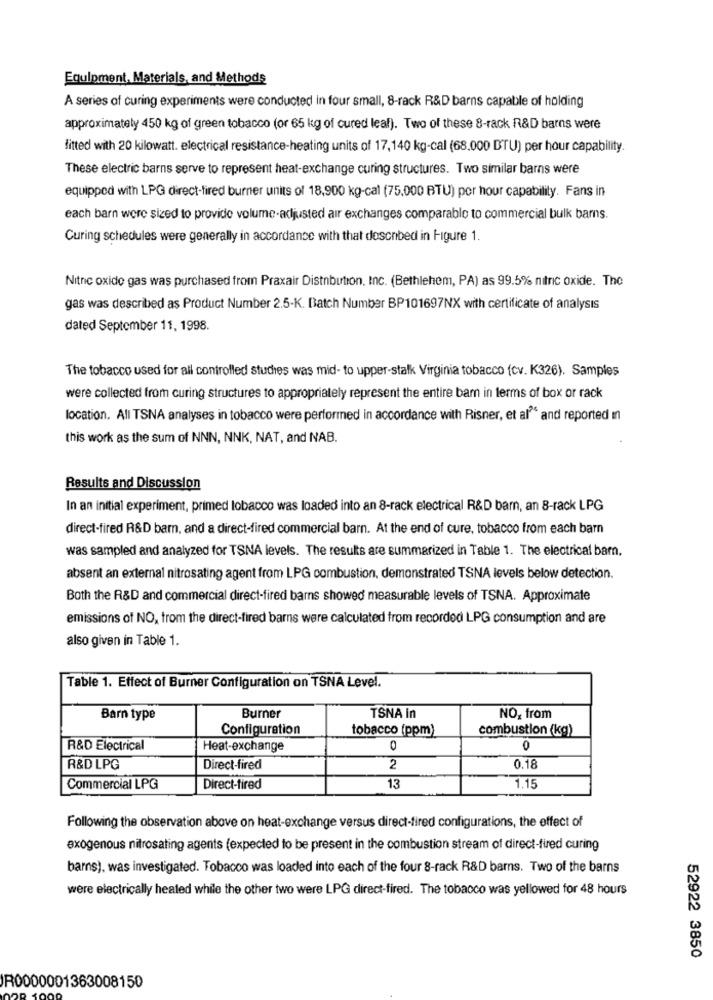
Equipment. Materials, and Methods
A series of curing experiments were conducted in four small, 8-rack R&D barns capable of holding
approximately 450 kg of green tobacco (or 65 kg of cured leaf). Two of these 8-rack R&D barns were
fitted with 20 kilowatt. electrical resistance-heating units of 17,140 kg-cal (68.000 BTU) per hour capability.
These electric barns serve to represent heat-exchange curing structures. Two similar barns were
equipped with LPG direct-fired burner units of 18,900 kg-cal (75,000 BTU) per hour capability. Fans in
each barn were sized to provide volume-adjusted air exchanges comparable to commercial bulk barns.
Curing schedules were generally in accordance with that described in Figure 1.
Nitric oxide gas was purchased from Praxair Distribution, Inc. (Bethlehem, PA) as 99.5% nitric oxide. The
gas was described as Product Number 2.5-K. Batch Number BP101697NX with certificate of analysis
dated September 11, 1998.
The tobacco used for all controlled stuches was mid- to upper-stalk Virginia tobacco (cv. K326). Samples
were collected from curing structures to appropriately represent the entire bam in terms of box or rack
location. All TSNA analyses in tobacco were performed in accordance with Risner, et al" and reported in
this work as the sum of NNN, NNK, NAT, and NAB.
Results and Discussion
In an initial experiment, primed tobacco was loaded into an 8-rack electrical R&D barn, an 8-rack LPG
direct-fired R&D barn, and a direct-fired commercial barn. At the end of cure, tobacco from each barn
was sampled and analyzed for TSNA levels. The results are summarized in Table 1. The electrical bam,
absent an external nitrosating agent from LPG combustion, demonstrated TSNA levels below detection.
Both the R&D and commercial direct-fired barns showed measurable levels of TSNA. Approximate
emissions of NO, from the direct-fired barns were calculated from recorded LPG consumption and are
also given in Table 1.
Table 1. Effect of Burner Configuration on TSNA Level.
Barn type
Burner
TSNA in
NO, from
Configuration
tobacco (ppm)
combustion (kg)
R&D Electrical
Heat-exchange
0
0
R&D LPG
Direct-fired
2
0.18
Commercial LPG
Direct-tired
13
1.15
Following the observation above on heat-exchange versus direct-fired configurations, the effect of
exogenous nitrosating agents (expected to be present in the combustion stream of direct-fired curing
barns), was investigated. Tobacco was loaded into each of the four 8-rack R&D barns. Two of the barns
were electrically heated while the other two were LPG direct-fired. The tobacco was yellowed for 48 hours
52922 3850
R0000001363008150